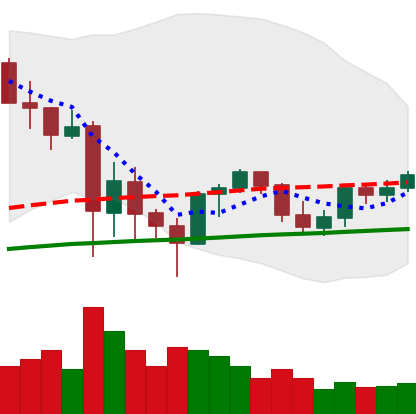
Ticker: ETH-USD
Chart end date: 2021-06-03
Forward return: -11.827%
Label: down_7plus